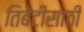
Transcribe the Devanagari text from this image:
तिबेटीसाठी